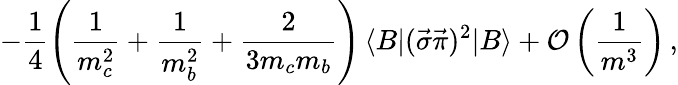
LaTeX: -\frac{1}{4}\left(\frac{1}{m_{c}^{2}}+\frac{1}{m_{b}^{2}}+\frac{2}{3m_{c}m_{b}}\right)\, \langle B|(\vec{\sigma}\vec{\pi})^{2}|B\rangle+{\cal O}\left(\frac{1}{m^{3}}\right)\, ,